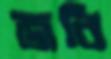
জবি